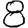
Digit: 8